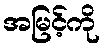
အမြင့်ကို